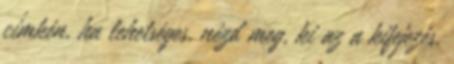
címkén, ha lehetséges, nézd meg, ki az a kifejezés,